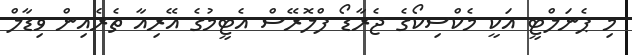
މި ޕެނަލްޓީ އަކީ މެކްސިކޯގެ ޖެރާޑޯ ފްލޮރޭސް އެޓީމުގެ އޭރިއާ ތެރެއިން ވިޑާލް